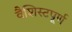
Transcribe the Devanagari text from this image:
वैशिस्टपूर्ण